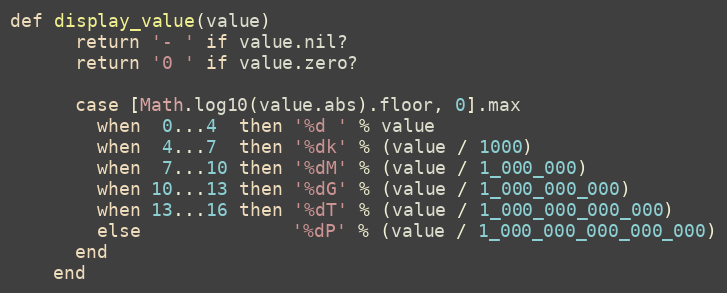
Language: Ruby
def display_value(value)
      return '- ' if value.nil?
      return '0 ' if value.zero?

      case [Math.log10(value.abs).floor, 0].max
        when  0...4  then '%d ' % value
        when  4...7  then '%dk' % (value / 1000)
        when  7...10 then '%dM' % (value / 1_000_000)
        when 10...13 then '%dG' % (value / 1_000_000_000)
        when 13...16 then '%dT' % (value / 1_000_000_000_000)
        else              '%dP' % (value / 1_000_000_000_000_000)
      end
    end